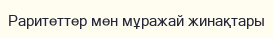
Раритеттер мен мұражай жинақтары